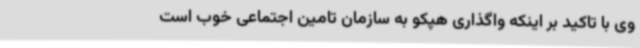
وی با تاکید بر اینکه واگذاری هپکو به سازمان تامین اجتماعی خوب است